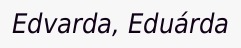
Edvarda, Eduárda